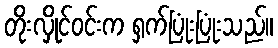
တိုးလှိုင်ဝင်းက ရှက်ပြုံးပြုံးသည်။